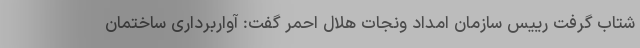
شتاب گرفت رییس سازمان امداد ونجات هلال احمر گفت: آواربرداری ساختمان